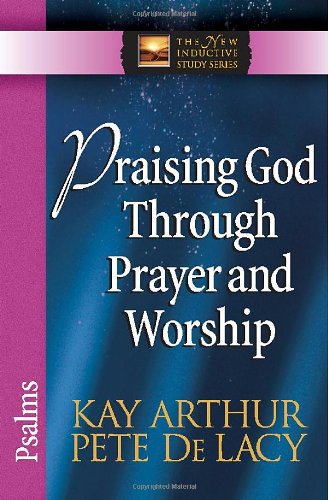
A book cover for Praising God Through Prayer and Worship: Psalms (The New Inductive Study Series); Kay Arthur; Christian Books & Bibles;